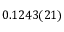
0 . 1 2 4 3 ( 2 1 )